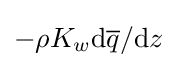
-\rho K_{w}\mathrm {d} {\overline {q}}/\mathrm {d} z